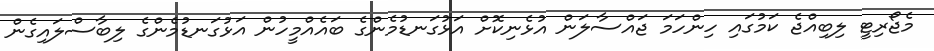
މެޖޯރިޓީ ލިބިއްޖެ ކަމުގައި ހިންހަމަ ޖައްސާލަން އުޅެނިކޮށް އަޅުގަނޑުމެންގެ ބައެއްމީހުން އަޅުގަނޑުމެންގެ ލިބާސްލައިގެން